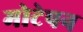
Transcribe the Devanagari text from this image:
मोटेपन